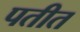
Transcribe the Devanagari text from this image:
पतीत